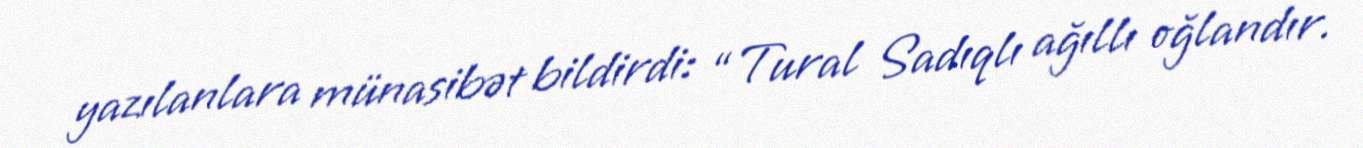
yazılanlara münasibət bildirdi: “Tural Sadıqlı ağıllı oğlandır.